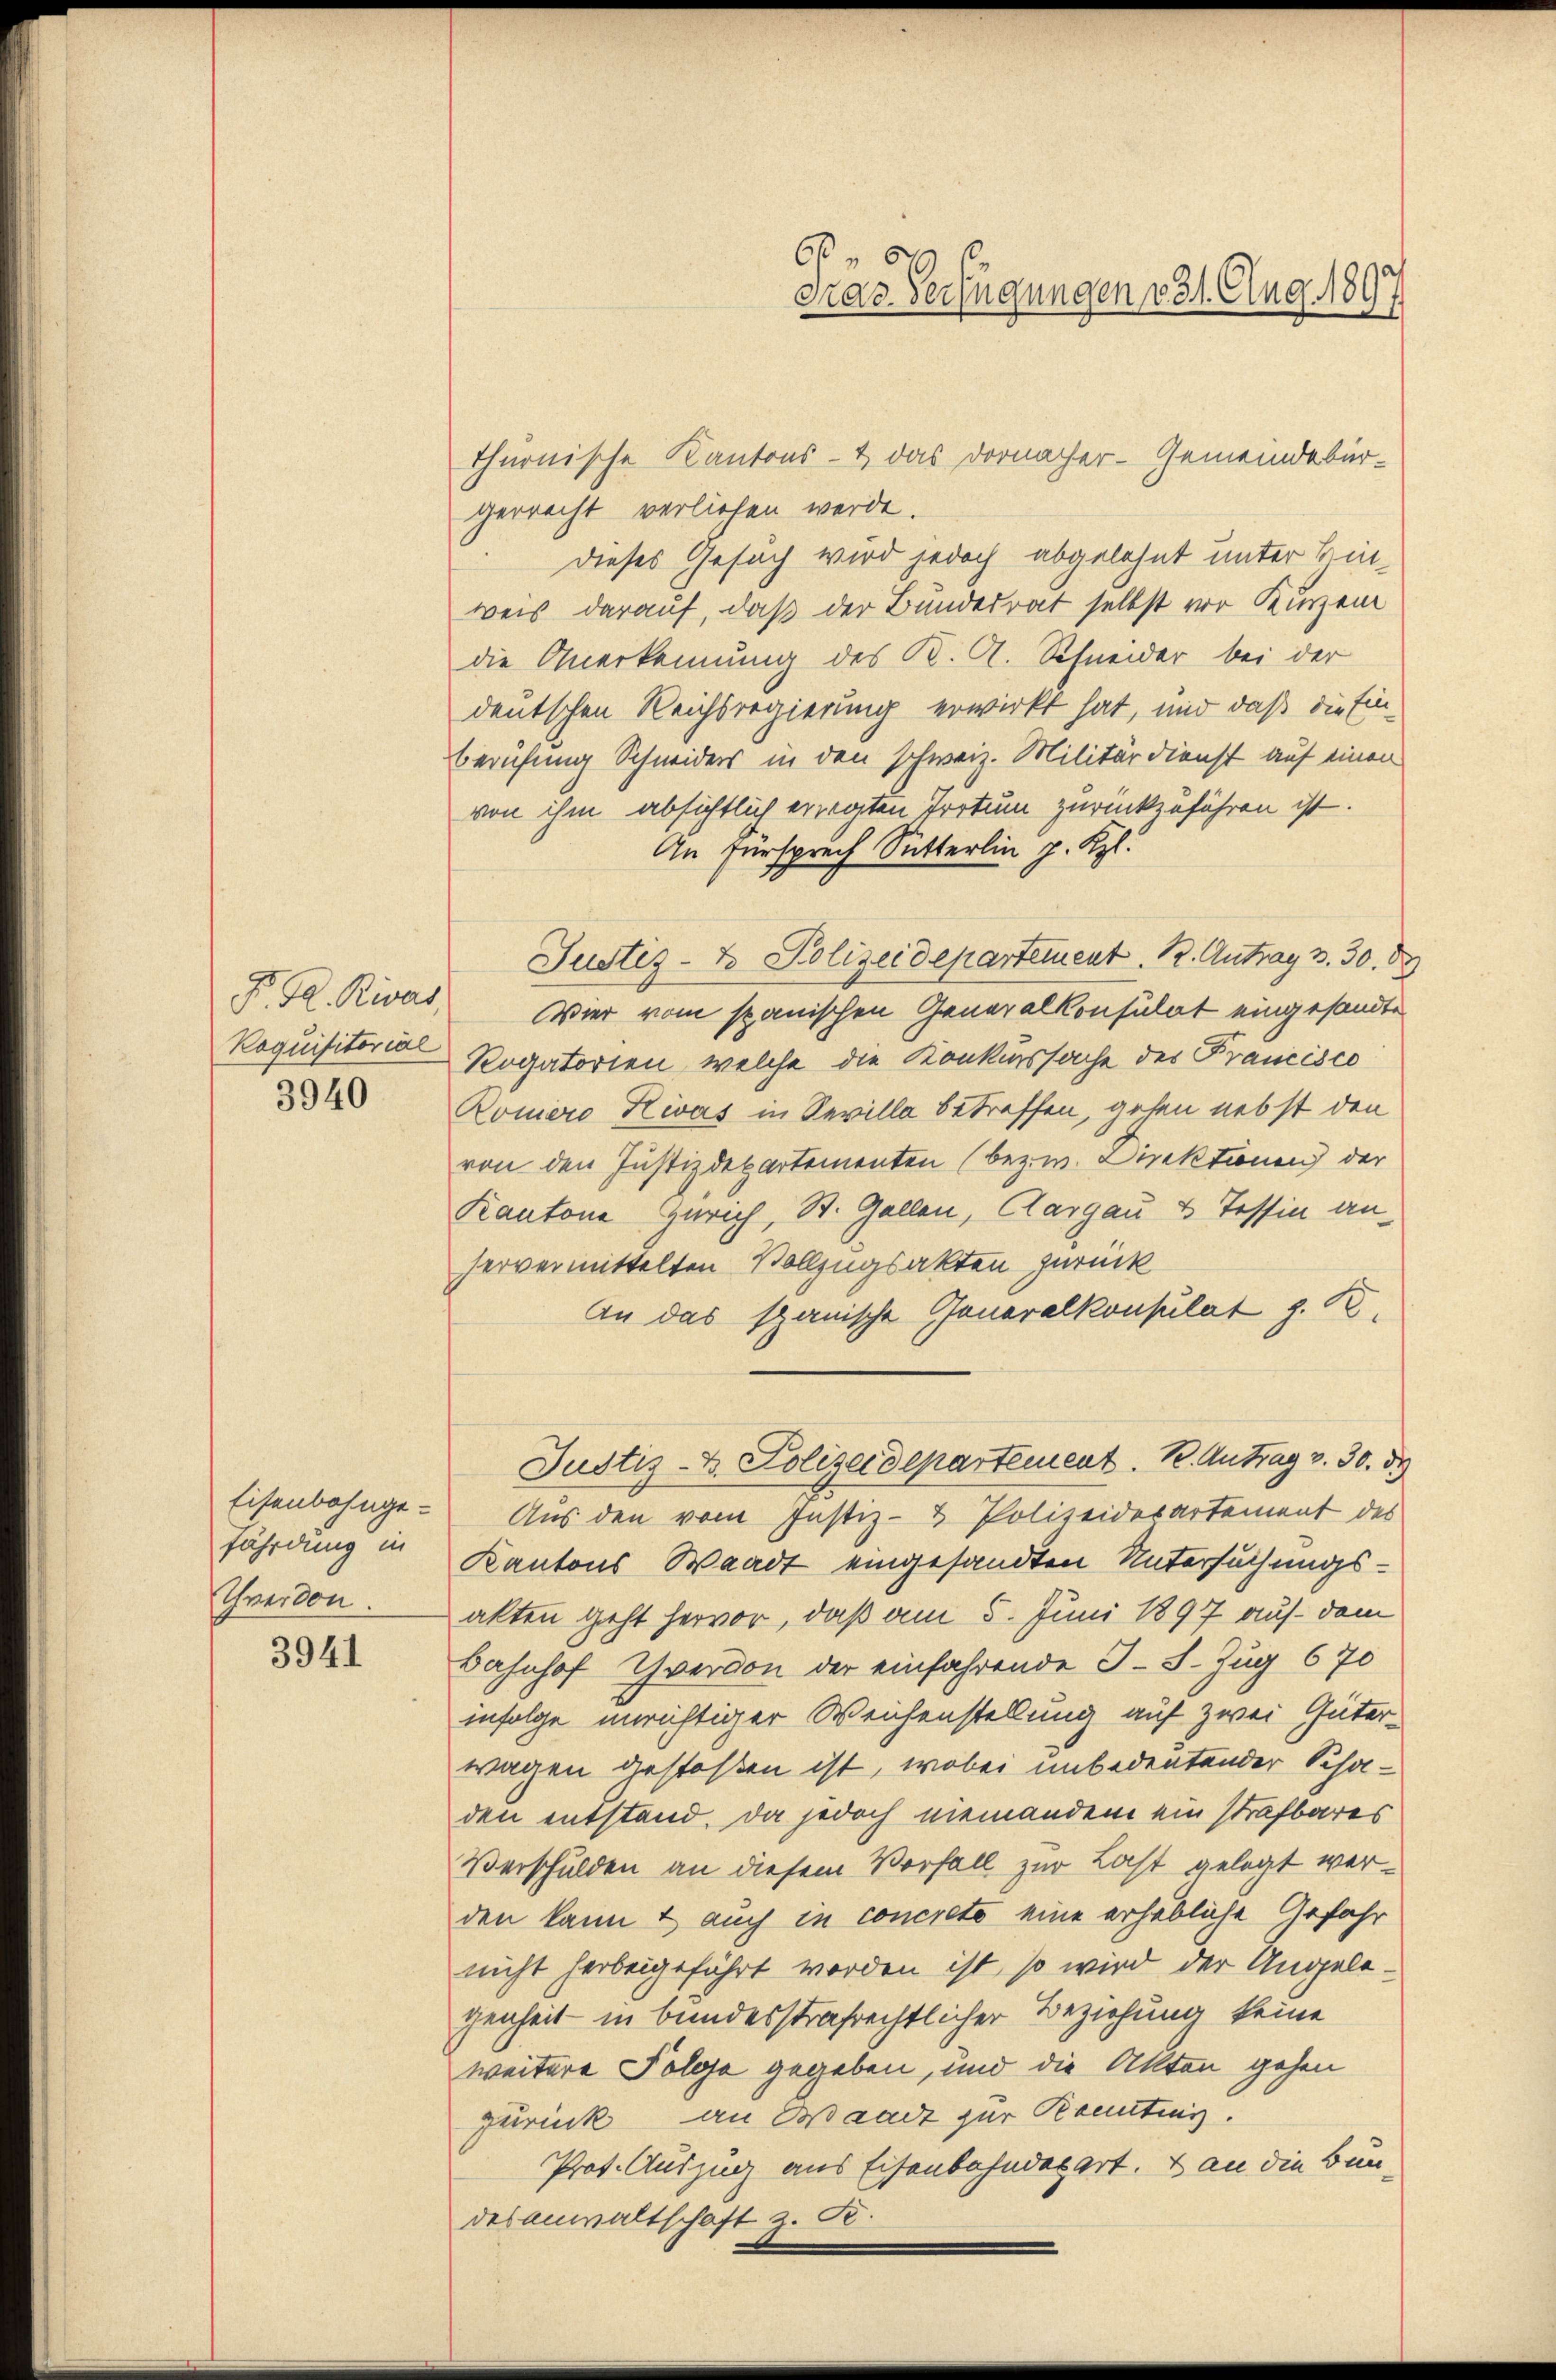
F. R. Rivar
Roquisitorial
3940

Eisenbahnge-
fährdung in
Thwerden.

3941

thurnische Kantons- & das Dornacher-Gemeindebürgerrecht verliehen werde.
dieses Gesuch wird jedoch abgelehnt unter Binweis darauf, daß der Bundesrat selbst vor Kurzen
die Anerkennung des K. A. Schneider bei der
deutschen Reichsregierung erwirkt hat, mir daß die Ein¬
Berufung Schneiders in den schweiz. Militärdienst auf einen
von ihm absichtlich erregten Trotum zurückzuführen ist.
An Fürsprech Sutterlin J. Kgl.
Justiz- & Polizeidepartement K. Antrag 3. 30. 89
Vier vom spanischen Generalkonsulat eingesandte
Rogatorien, welche die Konkurssache des Francisco
Römero Kivas in Sevilla betreffen, gehen nebst den
von den Justizdepartementen (bezw. Direktionen der
Kantone Zürich, St. Gallen, Aargau u Tessin anhervermittelten Vollzugsakten zurück
An das spanische Generalkonsulat z. B.
Justiz- & Polizeidepartement. R. Antrag v. 30. de
Aus den vom Justiz- & Polizeiderartement des
Kantons Waadt eingesandten Untersuchungsakten geht hervor, daß am 5. Juni 1897 auf dem
Bahnhof Yverdon der einfahrende J. J. Zug 670
infolge unrichtiger Weichenstellung auf zwei Güter-
wagen gestoßen ist, wobei unbedeutender Schaden entstand. Da jedoch niemandem ein strafbares
Verschulden an diesem Vorfall zur Last gelegt werden kannt auch in concreto eine erhebliche Gefahr
nicht herbeigeführt worden ist, so wird der Angelegenheit in bundesstrafrechtlicher Beziehung keine
weitere Folge gegeben, und die Akten gehen
zurück, an Waadt zur Kennting.
Prot. Auszug aus Eisenbahndepart. 2 an die Bun-
desanwaltschaft z. B.

62
Fras Verfügungen v. 31. Aug. 189.